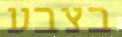
בצבע